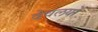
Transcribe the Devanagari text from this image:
देवलयों